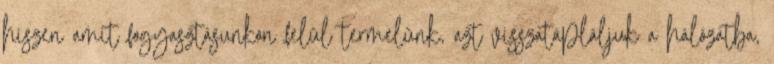
hiszen amit fogyasztásunkon felül termelünk, azt visszatápláljuk a hálózatba,